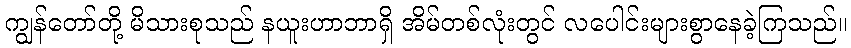
ကျွန်တော်တို့ မိသားစုသည် နယူးဟာဘာရှိ အိမ်တစ်လုံးတွင် လပေါင်းများစွာနေခဲ့ကြသည်။